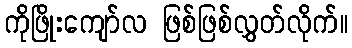
ကိုဖြိုးကျော်လ ဖြစ်ဖြစ်လွှတ်လိုက်။